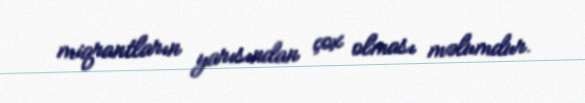
miqrantların yarısından çox olması məlumdur.